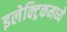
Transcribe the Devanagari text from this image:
इलेक्ट्रिकमध्ये